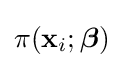
\pi (\mathbf {x} _{i};{\boldsymbol {\beta }})